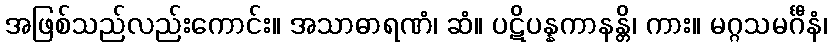
အဖြစ်သည်လည်းကောင်း။ အသာဓာရဏံ၊ ဆံ။ ပဋိပန္နကာနန္တိ၊ ကား။ မဂ္ဂသမင်္ဂီနံ၊